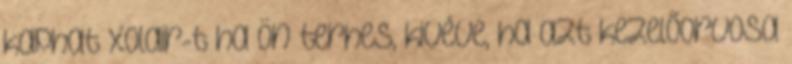
kaphat Xolair-t ha Ön terhes, kivéve, ha azt kezelőorvosa